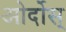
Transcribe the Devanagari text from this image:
ओर्दोस्